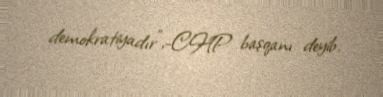
demokratiyadır”,-CHP başqanı deyib.